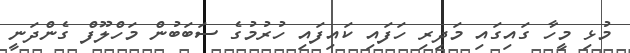
މުޅި މީހާ ގައިގައި މަދިރި ހަފައި ކައިފައި ހުރުމުގެ ސަބަބުން މަހްލޫފް ގެންދަނީ